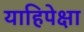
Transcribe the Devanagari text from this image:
याहिपेक्षा